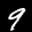
Label: 9